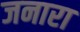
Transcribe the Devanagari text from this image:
जनारा